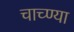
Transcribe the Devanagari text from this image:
चाच्ण्या